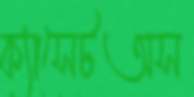
ক্যাসেটঅস